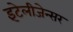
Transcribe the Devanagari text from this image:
इंटेलीजेन्सर